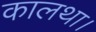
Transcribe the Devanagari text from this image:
कालथा।